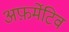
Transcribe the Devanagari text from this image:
अफ़र्मेटिव